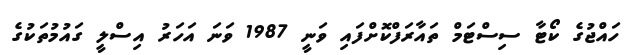
ހައްޖުގެ ކޯޓާ ސިސްޓަމް ތައާރަފްކޮށްފައި ވަނީ 1987 ވަނަ އަހަރު އިސްލީ ގައުމުތަކުގެ